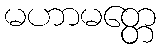
မဟာမတ္တေ